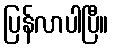
ပြန်လာပါပြီ။